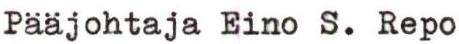
Paajohtaja Eino S. Repo